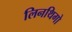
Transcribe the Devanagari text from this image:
लिनथिगो